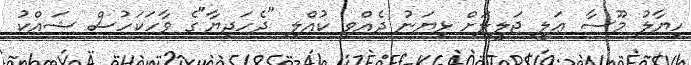
ހިޔާލު މޫސާ ޢަލީ ޖަލީލަށް ޅިޔަނު ދެއްވި ކުއްލި "ދެހަދިޔާ"ގެ ވާހަކަހުސް ޝައްކު